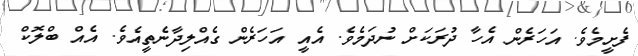
ފެށީމެވެ. އަހަރެން އެހާ ދުރަކަށް ނުދަމެވެ. އެއީ އަހަރެން ގެއްލިދާނެތީއެވެ. އެއް ބްލޮކް